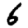
Digit: 6